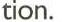
tion.